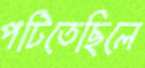
পটিতেছিলে